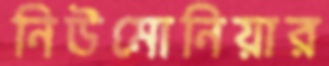
নিউমোনিয়ার